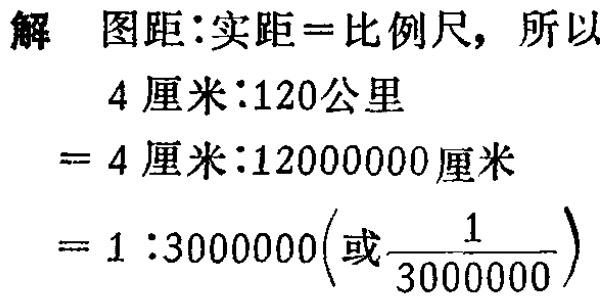
$(8 - 13)\ \ aa,baab$